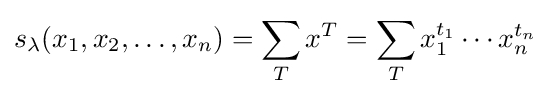
s_{\lambda }(x_{1},x_{2},\ldots ,x_{n})=\sum _{T}x^{T}=\sum _{T}x_{1}^{t_{1}}\cdots x_{n}^{t_{n}}